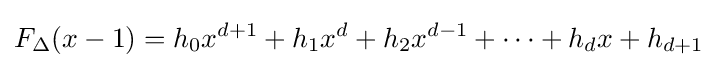
F_{\Delta }(x-1)=h_{0}x^{d+1}+h_{1}x^{d}+h_{2}x^{d-1}+\cdots +h_{d}x+h_{d+1}